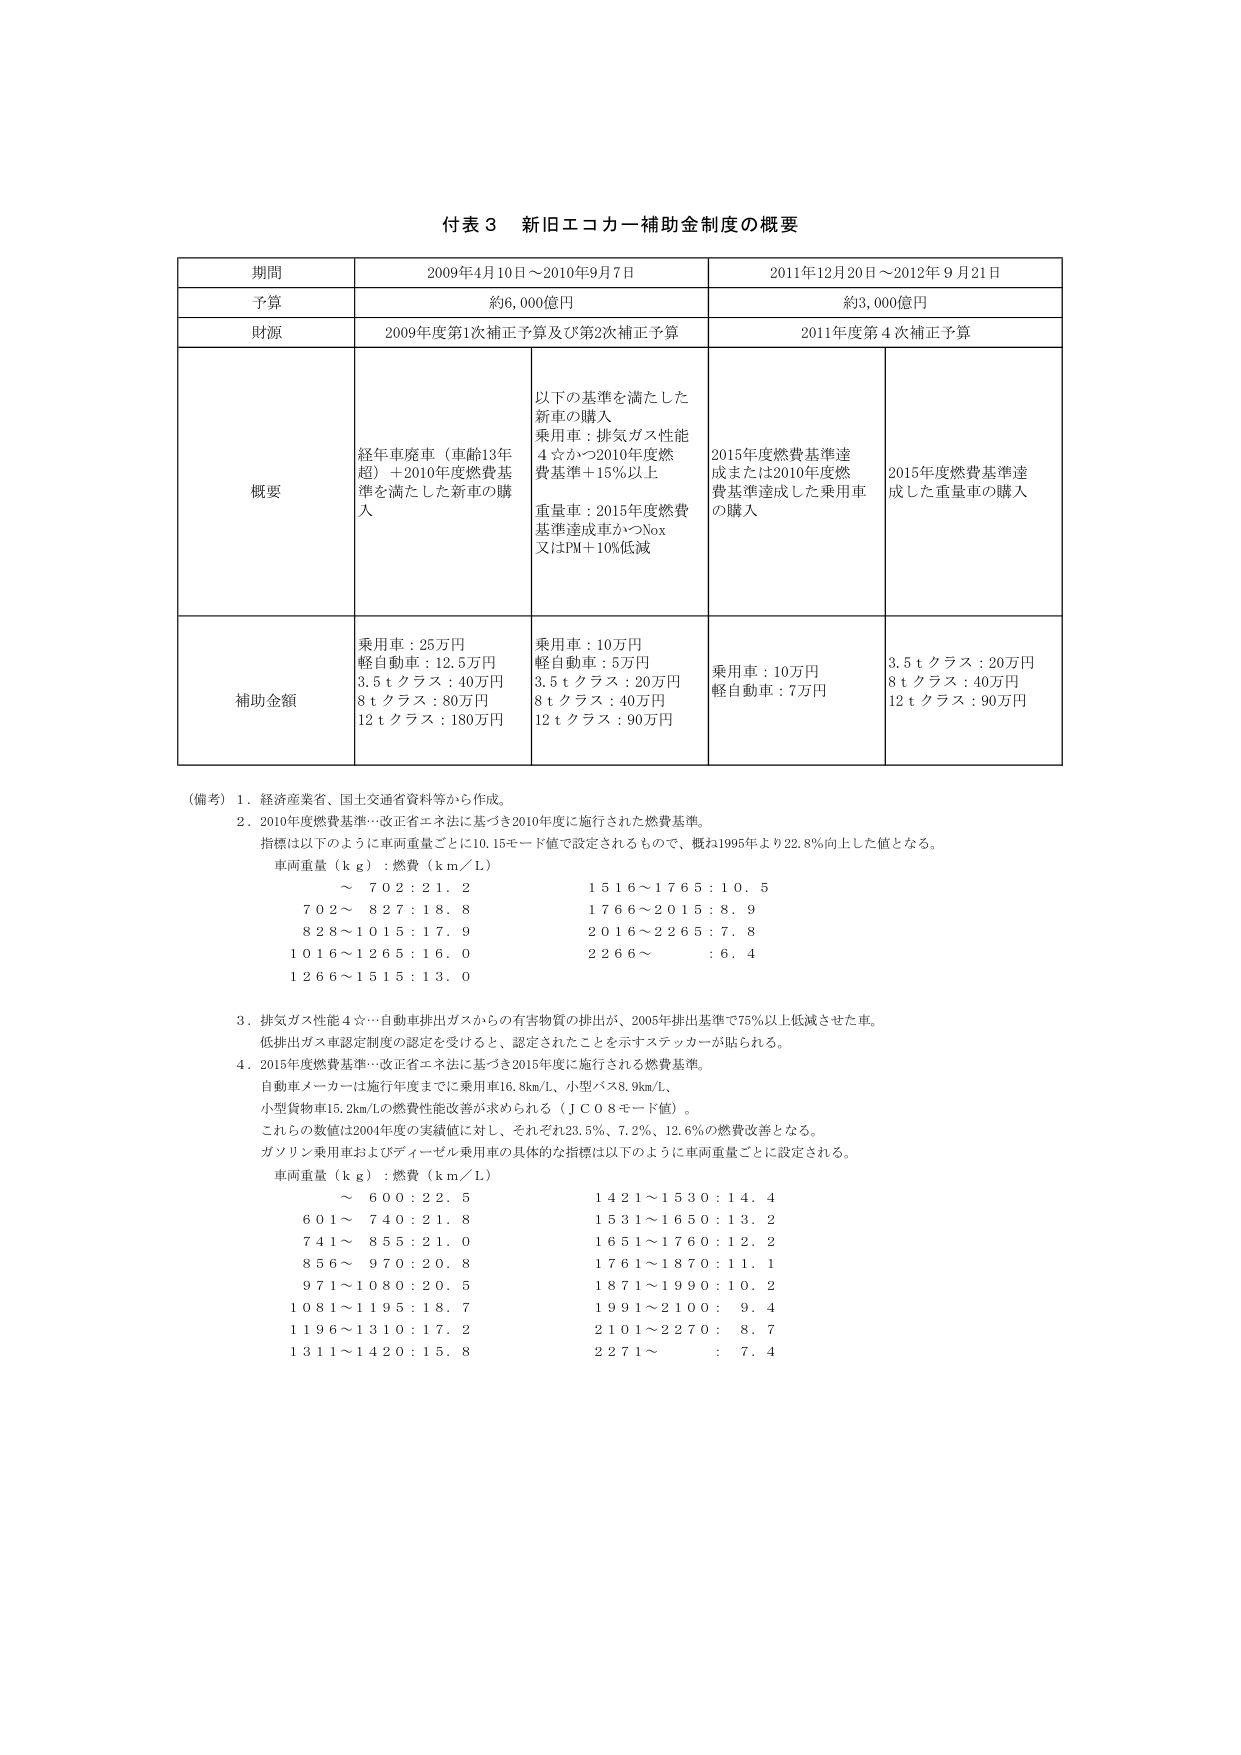
付表３ 新旧エコカー補助金制度の概要

期間 2009年4月10日～2010年9月7日 2011年12月20日～2012年9月21日
予算 約6,000億円 約3,000億円
財源 2009年度第1次補正予算及び第2次補正予算 2011年度第4次補正予算
概要 終年車廃車（車齢13年超）＋2010年度燃費基準を満たした新車の購入 以下の基準を満たした新車の購入 乗用車：排気ガス性能4☆かつ2010年度燃費基準＋15％以上 重量車：2015年度燃費基準達成車かつNox又はPM＋10％低減 2015年度燃費基準達成または2010年度燃費基準達成した乗用車の購入 2015年度燃費基準達成した重量車の購入
補助金額 乗用車：25万円 軽自動車：12.5万円 3.5ｔクラス：40万円 8ｔクラス：80万円 12ｔクラス：180万円 乗用車：10万円 軽自動車：5万円 3.5ｔクラス：20万円 8ｔクラス：40万円 12ｔクラス：90万円 乗用車：10万円 軽自動車：7万円 3.5ｔクラス：20万円 8ｔクラス：40万円 12ｔクラス：90万円

（備考）1．経済産業省、国土交通省資料等から作成。
2．2010年度燃費基準…改正省エネ法に基づき2010年度に施行された燃費基準。
指標は以下のように車両重量ごとに10.15モード値で設定されるもので、概ね1995年より22.8％向上した値となる。
車両重量（ｋｇ）：燃費（ｋｍ／Ｌ）
～ 702：21．2 1516～1765：10．5
702～ 827：18．8 1766～2015：8．9
828～1015：17．9 2016～2265：7．8
1016～1265：16．0 2266～ ：6．4
1266～1515：13．0
3．排気ガス性能4☆…自動車排出ガスからの有害物質の排出が、2005年排出基準で75％以上低減させた車。
低排出ガス車認定制度の認定を受けると、認定されたことを示すステッカーが貼られる。
4．2015年度燃費基準…改正省エネ法に基づき2015年度に施行される燃費基準。
自動車メーカーは施行年度までに乗用車16.8km/L、小型バス8.9km/L、小型貨物車15.2km/Lの燃費性能改善が求められる（ＪＣ０８モード値）。
これらの数値は2004年度の実績値に対し、それぞれ23.5％、7.2％、12.6％の燃費改善となる。
ガソリン乗用車およびディーゼル乗用車の具体的な指標は以下のように車両重量ごとに設定される。
車両重量（ｋｇ）：燃費（ｋｍ／Ｌ）
～ 600：22．5 1421～1530：14．4
601～ 740：21．8 1531～1650：13．2
741～ 855：21．0 1651～1760：12．2
856～ 970：20．8 1761～1870：11．1
971～1080：20．5 1871～1990：10．2
1081～1195：18．7 1991～2100： 9．4
1196～1310：17．2 2101～2270： 8．7
1311～1420：15．8 2271～ ： 7．4